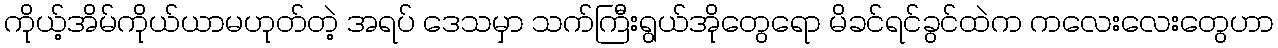
ကိုယ့်အိမ်ကိုယ်ယာမဟုတ်တဲ့ အရပ် ဒေသမှာ သက်ကြီးရွယ်အိုတွေရော မိခင်ရင်ခွင်ထဲက ကလေးလေးတွေဟာ